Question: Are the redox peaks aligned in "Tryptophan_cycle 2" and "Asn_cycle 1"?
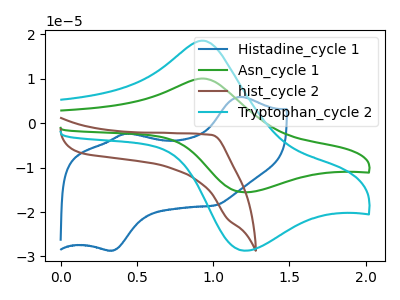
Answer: <think>The blue curve "Histadine_cycle 1" has anodic peaks at (1.15V, 5.95uA) (0.45V, -2.35uA) and cathodic peaks at (0.35V, -28.65uA) (1.00V, -18.50uA). The green curve "Asn_cycle 1" has an anodic peak at (0.95V, 10.05uA) and a cathodic peak at (1.20V, -15.55uA). The brown curve "hist_cycle 2" has no peaks. The cyan curve "Tryptophan_cycle 2" has an anodic peak at (0.95V, 18.60uA) and a cathodic peak at (1.20V, -28.70uA).</think>
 <answer>Yes, "Tryptophan_cycle 2" have a peak in "Asn_cycle 1" at the same potential.</answer>
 <eval>match</eval>